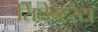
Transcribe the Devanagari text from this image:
सिलेन्टरेटा